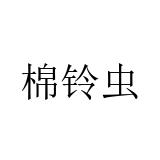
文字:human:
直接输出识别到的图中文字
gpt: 棉铃虫